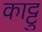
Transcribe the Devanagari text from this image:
काट्टु